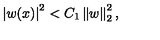
\left| w ( x ) \right| ^ { 2 } < C _ { 1 } \left\| w \right\| _ { 2 } ^ { 2 } ,